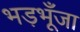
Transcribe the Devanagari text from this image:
भड़भूँजा